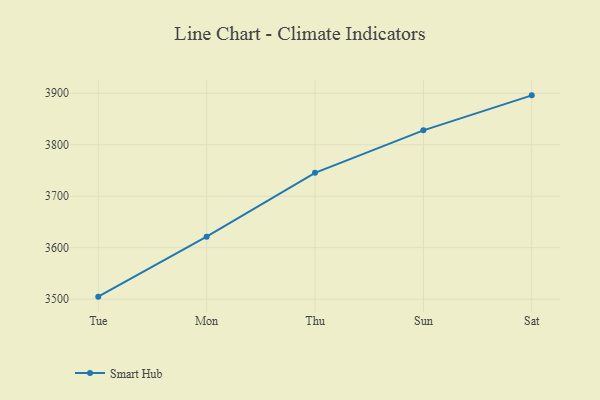
{"axis": {"x": "Day", "y": "Production Output"}, "legend": ["Smart Hub"], "data": [{"x": "Tue", "y": 3504.8, "type": "Smart Hub"}, {"x": "Mon", "y": 3621.4, "type": "Smart Hub"}, {"x": "Thu", "y": 3745.5, "type": "Smart Hub"}, {"x": "Sun", "y": 3828.0, "type": "Smart Hub"}, {"x": "Sat", "y": 3896.0, "type": "Smart Hub"}]}